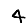
Digit: 4